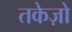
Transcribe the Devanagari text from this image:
तकेज़ो